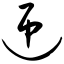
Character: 迎